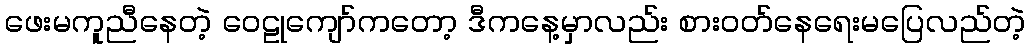
ဖေးမကူညီနေတဲ့ ဝေဠုကျော်ကတော့ ဒီကနေ့မှာလည်း စားဝတ်နေရေးမပြေလည်တဲ့